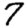
Digit: 7